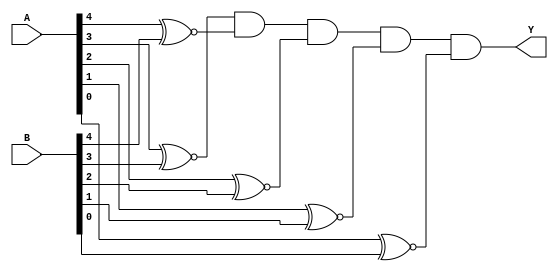
// Copyright (C) 2018  Intel Corporation. All rights reserved.
// Your use of Intel Corporation's design tools, logic functions 
// and other software and tools, and its AMPP partner logic 
// functions, and any output files from any of the foregoing 
// (including device programming or simulation files), and any 
// associated documentation or information are expressly subject 
// to the terms and conditions of the Intel Program License 
// Subscription Agreement, the Intel Quartus Prime License Agreement,
// the Intel FPGA IP License Agreement, or other applicable license
// agreement, including, without limitation, that your use is for
// the sole purpose of programming logic devices manufactured by
// Intel and sold by Intel or its authorized distributors.  Please
// refer to the applicable agreement for further details.

// PROGRAM		"Quartus Prime"
// VERSION		"Version 18.1.0 Build 625 09/12/2018 SJ Lite Edition"
// CREATED		"Tue Nov 17 22:14:14 2020"

module EQ_5(
	A,
	B,
	Y
);


input wire	[4:0] A;
input wire	[4:0] B;
output wire	Y;

wire	SYNTHESIZED_WIRE_0;
wire	SYNTHESIZED_WIRE_1;
wire	SYNTHESIZED_WIRE_2;
wire	SYNTHESIZED_WIRE_3;
wire	SYNTHESIZED_WIRE_4;
wire	SYNTHESIZED_WIRE_5;

assign	SYNTHESIZED_WIRE_1 = 1;



assign	Y = SYNTHESIZED_WIRE_0 & SYNTHESIZED_WIRE_1 & SYNTHESIZED_WIRE_2 & SYNTHESIZED_WIRE_3 & SYNTHESIZED_WIRE_4 & SYNTHESIZED_WIRE_5;


assign	SYNTHESIZED_WIRE_2 = A[4] ~^ B[4];

assign	SYNTHESIZED_WIRE_0 = A[3] ~^ B[3];

assign	SYNTHESIZED_WIRE_3 = A[2] ~^ B[2];

assign	SYNTHESIZED_WIRE_4 = A[1] ~^ B[1];

assign	SYNTHESIZED_WIRE_5 = A[0] ~^ B[0];


endmodule